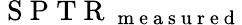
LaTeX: \mathrm{~S~P~T~R~}_{\mathrm{~m~e~a~s~u~r~e~d~}}